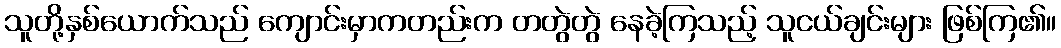
သူတို့နှစ်ယောက်သည် ကျောင်းမှာကတည်းက တတွဲတွဲ နေခဲ့ကြသည့် သူငယ်ချင်းများ ဖြစ်ကြ၏။